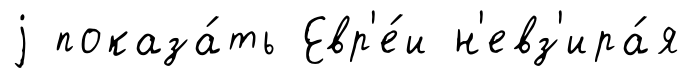
j показа́ть Евр'е́и н'евз'ира́я